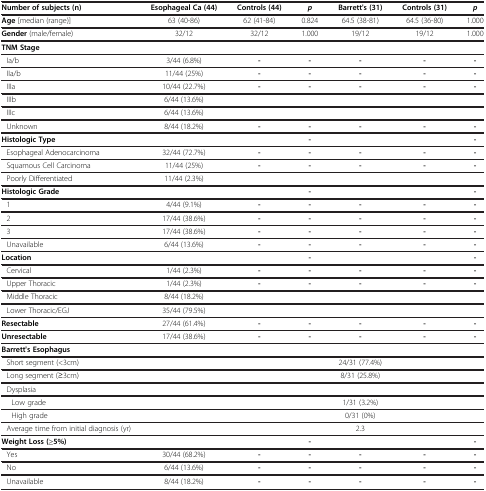
<table><thead><tr><td><b>Number of subjects (n)</b></td><td><b>Esophageal Ca (44)</b></td><td><b>Controls (44)</b></td><td><b><i>p</i></b></td><td><b>Barrett&#x27;s (31)</b></td><td><b>Controls (31)</b></td><td><b><i>p</i></b></td></tr></thead><tbody><tr><td><b>Age</b> [median (range)]</td><td>63 (40-86)</td><td>62 (41-84)</td><td>0.824</td><td>64.5 (38-81)</td><td>64.5 (36-80)</td><td>1.000</td></tr><tr><td><b>Gender</b> (male/female)</td><td>32/12</td><td>32/12</td><td>1.000</td><td>19/12</td><td>19/12</td><td>1.000</td></tr><tr><td><b>TNM Stage</b></td><td> </td><td> </td><td> </td><td> </td><td> </td><td> </td></tr><tr><td>Ia/b</td><td>3/44 (6.8%)</td><td><b>-</b></td><td><b>-</b></td><td><b>-</b></td><td><b>-</b></td><td><b>-</b></td></tr><tr><td>IIa/b</td><td>11/44 (25%)</td><td><b>-</b></td><td><b>-</b></td><td><b>-</b></td><td><b>-</b></td><td><b>-</b></td></tr><tr><td>IIIa</td><td>10/44 (22.7%)</td><td><b>-</b></td><td><b>-</b></td><td><b>-</b></td><td><b>-</b></td><td><b>-</b></td></tr><tr><td>IIIb</td><td>6/44 (13.6%)</td><td> </td><td> </td><td> </td><td> </td><td> </td></tr><tr><td>IIIc</td><td>6/44 (13.6%)</td><td> </td><td> </td><td> </td><td> </td><td> </td></tr><tr><td>Unknown</td><td>8/44 (18.2%)</td><td><b>-</b></td><td><b>-</b></td><td><b>-</b></td><td><b>-</b></td><td><b>-</b></td></tr><tr><td><b>Histologic Type</b></td><td> </td><td> </td><td><b>-</b></td><td> </td><td> </td><td><b>-</b></td></tr><tr><td>Esophageal Adenocarcinoma</td><td>32/44 (72.7%)</td><td><b>-</b></td><td><b>-</b></td><td><b>-</b></td><td><b>-</b></td><td><b>-</b></td></tr><tr><td>Squamous Cell Carcinoma</td><td>11/44 (25%)</td><td><b>-</b></td><td><b>-</b></td><td><b>-</b></td><td><b>-</b></td><td><b>-</b></td></tr><tr><td>Poorly Differentiated</td><td>11/44 (2.3%)</td><td> </td><td> </td><td> </td><td> </td><td> </td></tr><tr><td><b>Histologic Grade</b></td><td> </td><td> </td><td><b>-</b></td><td> </td><td> </td><td><b>-</b></td></tr><tr><td>1</td><td>4/44 (9.1%)</td><td><b>-</b></td><td><b>-</b></td><td><b>-</b></td><td><b>-</b></td><td><b>-</b></td></tr><tr><td>2</td><td>17/44 (38.6%)</td><td><b>-</b></td><td><b>-</b></td><td><b>-</b></td><td><b>-</b></td><td><b>-</b></td></tr><tr><td>3</td><td>17/44 (38.6%)</td><td><b>-</b></td><td><b>-</b></td><td><b>-</b></td><td><b>-</b></td><td><b>-</b></td></tr><tr><td>Unavailable</td><td>6/44 (13.6%)</td><td><b>-</b></td><td><b>-</b></td><td><b>-</b></td><td><b>-</b></td><td><b>-</b></td></tr><tr><td><b>Location</b></td><td> </td><td> </td><td><b>-</b></td><td> </td><td> </td><td><b>-</b></td></tr><tr><td>Cervical</td><td>1/44 (2.3%)</td><td><b>-</b></td><td><b>-</b></td><td><b>-</b></td><td><b>-</b></td><td><b>-</b></td></tr><tr><td>Upper Thoracic</td><td>1/44 (2.3%)</td><td><b>-</b></td><td><b>-</b></td><td><b>-</b></td><td><b>-</b></td><td><b>-</b></td></tr><tr><td>Middle Thoracic</td><td>8/44 (18.2%)</td><td> </td><td> </td><td> </td><td> </td><td> </td></tr><tr><td>Lower Thoracic/EGJ</td><td>35/44 (79.5%)</td><td> </td><td> </td><td> </td><td> </td><td> </td></tr><tr><td><b>Resectable</b></td><td>27/44 (61.4%)</td><td><b>-</b></td><td><b>-</b></td><td><b>-</b></td><td><b>-</b></td><td><b>-</b></td></tr><tr><td><b>Unresectable</b></td><td>17/44 (38.6%)</td><td><b>-</b></td><td><b>-</b></td><td><b>-</b></td><td><b>-</b></td><td><b>-</b></td></tr><tr><td><b>Barrett&#x27;s Esophagus</b></td><td> </td><td> </td><td> </td><td> </td><td> </td><td> </td></tr><tr><td>Short segment (&lt;3cm)</td><td> </td><td> </td><td> </td><td>24/31 (77.4%)</td><td> </td><td> </td></tr><tr><td>Long segment (≥3cm)</td><td> </td><td> </td><td> </td><td>8/31 (25.8%)</td><td> </td><td> </td></tr><tr><td>Dysplasia</td><td> </td><td> </td><td> </td><td> </td><td> </td><td> </td></tr><tr><td>Low grade</td><td> </td><td> </td><td> </td><td>1/31 (3.2%)</td><td> </td><td> </td></tr><tr><td>High grade</td><td> </td><td> </td><td> </td><td>0/31 (0%)</td><td> </td><td> </td></tr><tr><td>Average time from initial diagnosis (yr)</td><td> </td><td> </td><td> </td><td>2.3</td><td> </td><td> </td></tr><tr><td><b>Weight Loss (≥5%)</b></td><td> </td><td> </td><td><b>-</b></td><td> </td><td> </td><td><b>-</b></td></tr><tr><td>Yes</td><td>30/44 (68.2%)</td><td><b>-</b></td><td><b>-</b></td><td><b>-</b></td><td><b>-</b></td><td><b>-</b></td></tr><tr><td>No</td><td>6/44 (13.6%)</td><td><b>-</b></td><td><b>-</b></td><td><b>-</b></td><td><b>-</b></td><td><b>-</b></td></tr><tr><td>Unavailable</td><td>8/44 (18.2%)</td><td><b>-</b></td><td><b>-</b></td><td><b>-</b></td><td><b>-</b></td><td><b>-</b></td></tr></tbody></table>